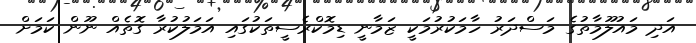
އަދި މައުލޫމާތުގެ މަސްދަރު ހާމަކުރުމަކީ ޒަމާނީ ޑިމޮކްރެސީތަކުގައި އަމަލުކުރާ ގޮތެއް ނޫން ކަމަށް